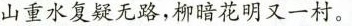
山重水复疑无路，柳暗花明又一村。